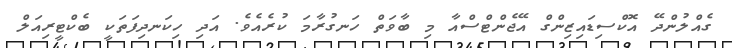
ގެއްލުންދޭ އޮކްސިޑައިޒިންގް އޭޖެންޓްސްއާ މި ބާވަތް ހަނގުރާމަ ކުރެއެވެ. އަދި ހިކަނދިފަތަކީ ބެކްޓީރިއަލް